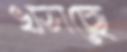
খসছে